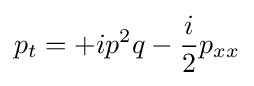
p_{t}=+ip^{2}q-{\frac {i}{2}}p_{xx}